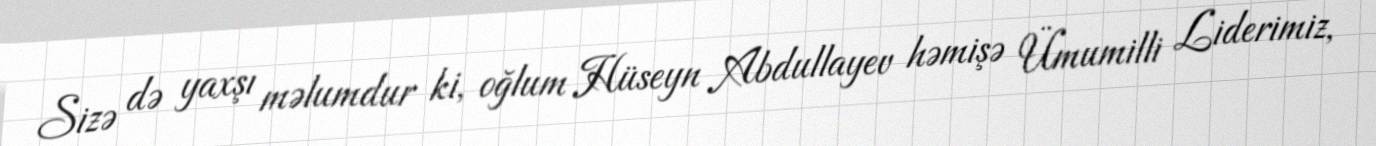
Sizə də yaxşı məlumdur ki, oğlum Hüseyn Abdullayev həmişə Ümumilli Liderimiz,